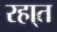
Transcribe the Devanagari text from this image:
रहा्त